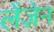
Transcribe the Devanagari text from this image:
लेंज़ेन